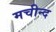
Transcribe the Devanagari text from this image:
मचीन्‍द